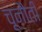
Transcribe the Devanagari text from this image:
चूनौती